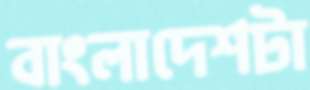
বাংলাদেশটা